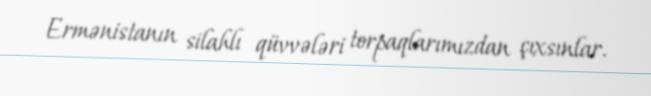
Ermənistanın silahlı qüvvələri torpaqlarımızdan çıxsınlar.